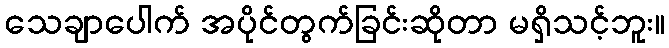
သေချာပေါက် အပိုင်တွက်ခြင်းဆိုတာ မရှိသင့်ဘူး။